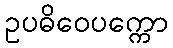
ဥပဓိဝေပက္ကော